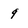
Character: 9